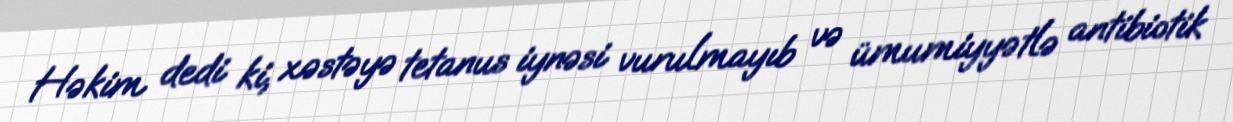
Həkim dedi ki, xəstəyə tetanus iynəsi vurulmayıb və ümumiyyətlə antibiotik